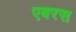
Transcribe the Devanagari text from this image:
एबरस